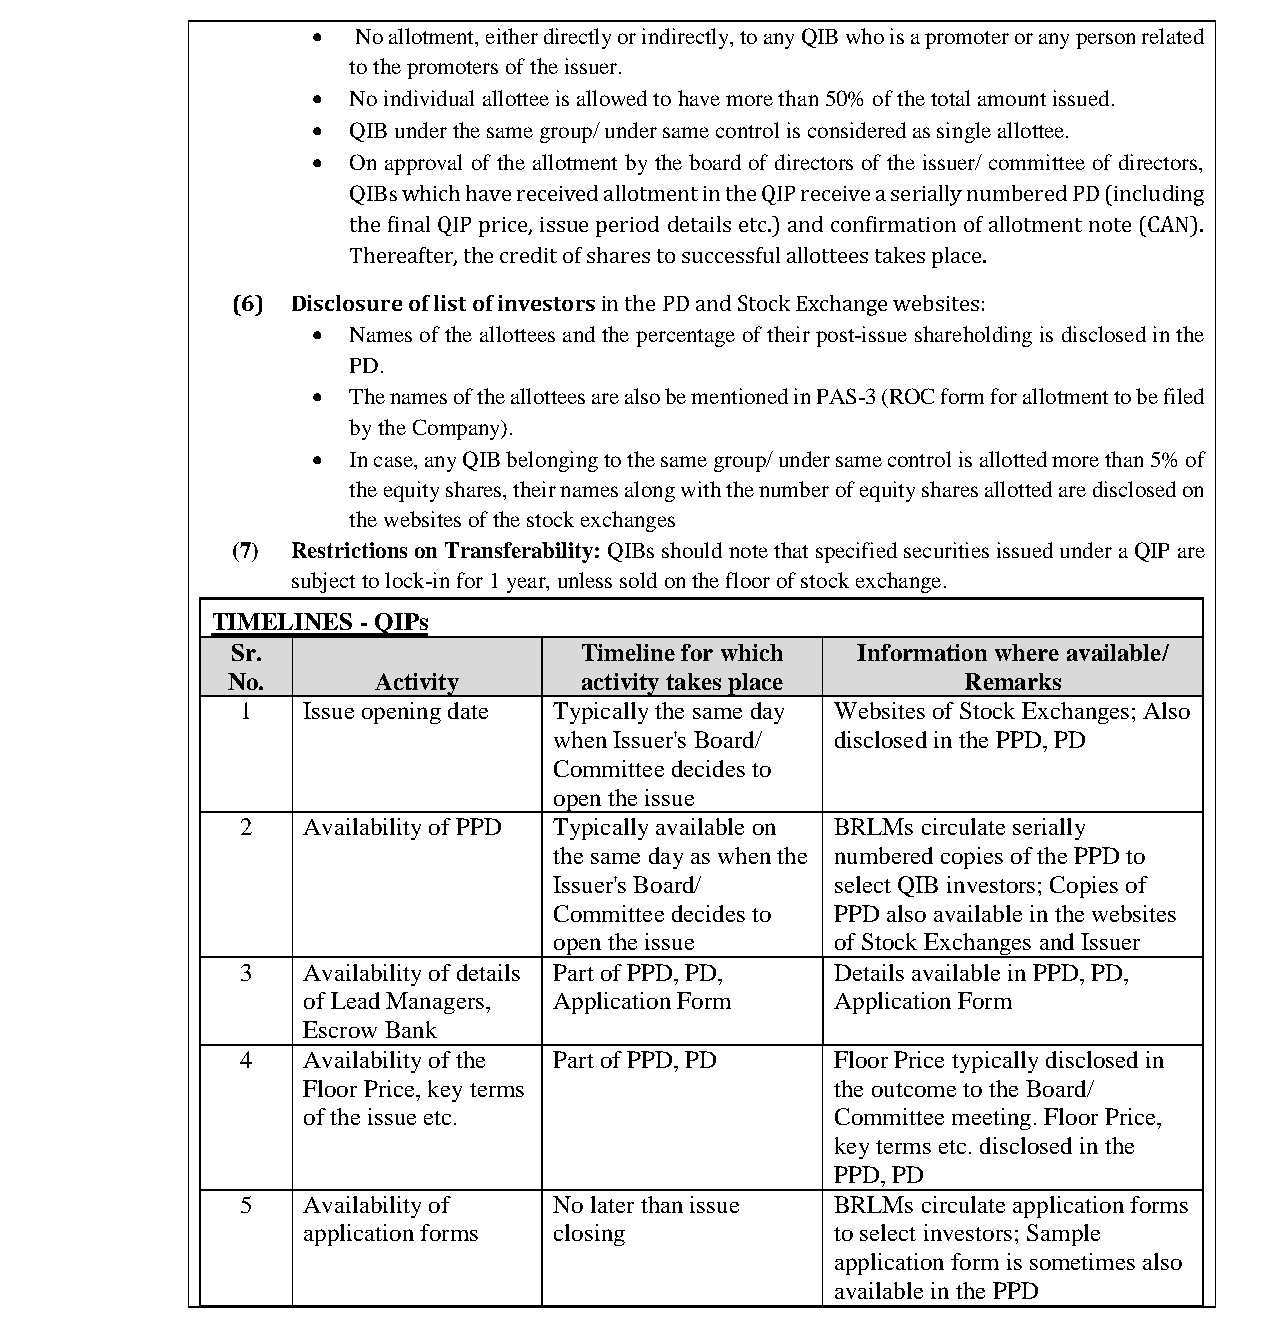
भारतीयप्रततभूततऔरवितिमयबोर्ड
 Securities and Exchange Board of India
   No allotment, either directly or indirectly, to any QIB who is a promoter or any person related
 to the promoters of the issuer.
  No individual allottee is allowed to have more than 50% of the total amount issued.
  QIB under the same group/ under same control is considered as single allottee.
  On approval of the allotment by the board of directors of the issuer/ committee of directors,
 QIBs which have received allotment in the QIP receive a serially numbered PD (including
 the final QIP price, issue period details etc.) and confirmation of allotment note (CAN).
 Thereafter, the credit of shares to successful allottees takes place.
 (6) Disclosure of list of investors in the PD and Stock Exchange websites:
  Names of the allottees and the percentage of their post-issue shareholding is disclosed in the
 PD.
  The names of the allottees are also be mentioned in PAS-3 (ROC form for allotment to be filed
 by the Company).
  In case, any QIB belonging to the same group/ under same control is allotted more than 5% of
 the equity shares, their names along with the number of equity shares allotted are disclosed on
 the websites of the stock exchanges
 (7) Restrictions on Transferability: QIBs should note that specified securities issued under a QIP are
 subject to lock-in for 1 year, unless sold on the floor of stock exchange.
 TIMELINES - QIPs
 Sr.                    Timeline for which Information where available/
 No.       Activity     activity takes place      Remarks
 1   Issue opening date Typically the same day Websites of Stock Exchanges; Also
 when Issuer's Board/ disclosed in the PPD, PD
 Committee decides to
 open the issue
 2   Availability of PPD Typically available on BRLMs circulate serially
 the same day as when the numbered copies of the PPD to
 Issuer's Board/   select QIB investors; Copies of
 Committee decides to PPD also available in the websites
 open the issue    of Stock Exchanges and Issuer
 3   Availability of details Part of PPD, PD, Details available in PPD, PD,
 of Lead Managers, Application Form Application Form
 Escrow Bank
 4   Availability of the Part of PPD, PD Floor Price typically disclosed in
 Floor Price, key terms             the outcome to the Board/
 of the issue etc.                  Committee meeting. Floor Price,
 key terms etc. disclosed in the
 PPD, PD
 5   Availability of  No later than issue BRLMs circulate application forms
 application forms closing          to select investors; Sample
 application form is sometimes also
 available in the PPD
 Page 20 of 52